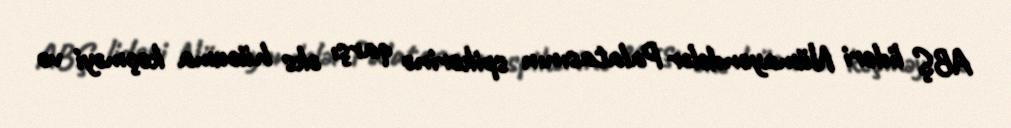
ABŞ lideri Nümayəndələr Palatasının spikerinə qarşı əks hücuma keçməyi və